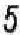
5